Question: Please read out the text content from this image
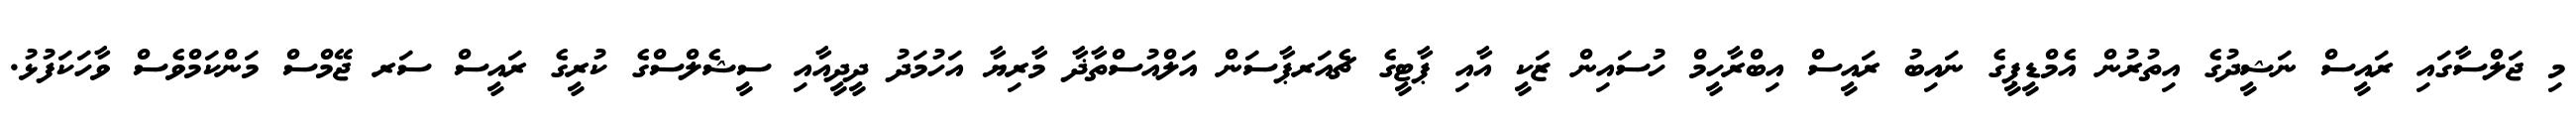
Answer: މި ޖަލްސާގައި ރައީސް ނަޝީދުގެ އިތުރުން އެމްޑީޕީގެ ނައިބު ރައީސް އިބްރާހީމް ހުސައިން ޒަކީ އާއި ޕާޓީގެ ޗެއަރޕާސަން އަލްއުސްތާޛާ މާރިޔާ އަހުމަދު ދީދީއާއި ސީޝެލްސްގެ ކުރީގެ ރައީސް ސަރ ޖޭމްސް މަންކަމްވެސް ވާހަކަފުޅު.